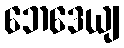
ဘေဒေယျ